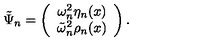
\tilde { \Psi } _ { n } = \left( \begin{array} { c c } { \omega _ { n } ^ { 2 } \eta _ { n } ( x ) } \\ { \tilde { \omega } _ { n } ^ { 2 } \rho _ { n } ( x ) } \\ \end{array} \right) .